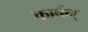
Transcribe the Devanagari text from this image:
कार्बन्